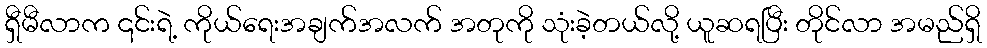
ရှီမီလာက ၎င်းရဲ့ ကိုယ်ရေးအချက်အလက် အတုကို သုံးခဲ့တယ်လို့ ယူဆရပြီး တိုင်လာ အမည်ရှိ